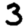
Digit: 3